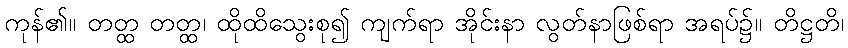
ကုန်၏။ တတ္ထ တတ္ထ၊ ထိုထိသွေးစု၍ ကျက်ရာ အိုင်းနာ လွတ်နာဖြစ်ရာ အရပ်၌။ တိဋ္ဌတိ၊